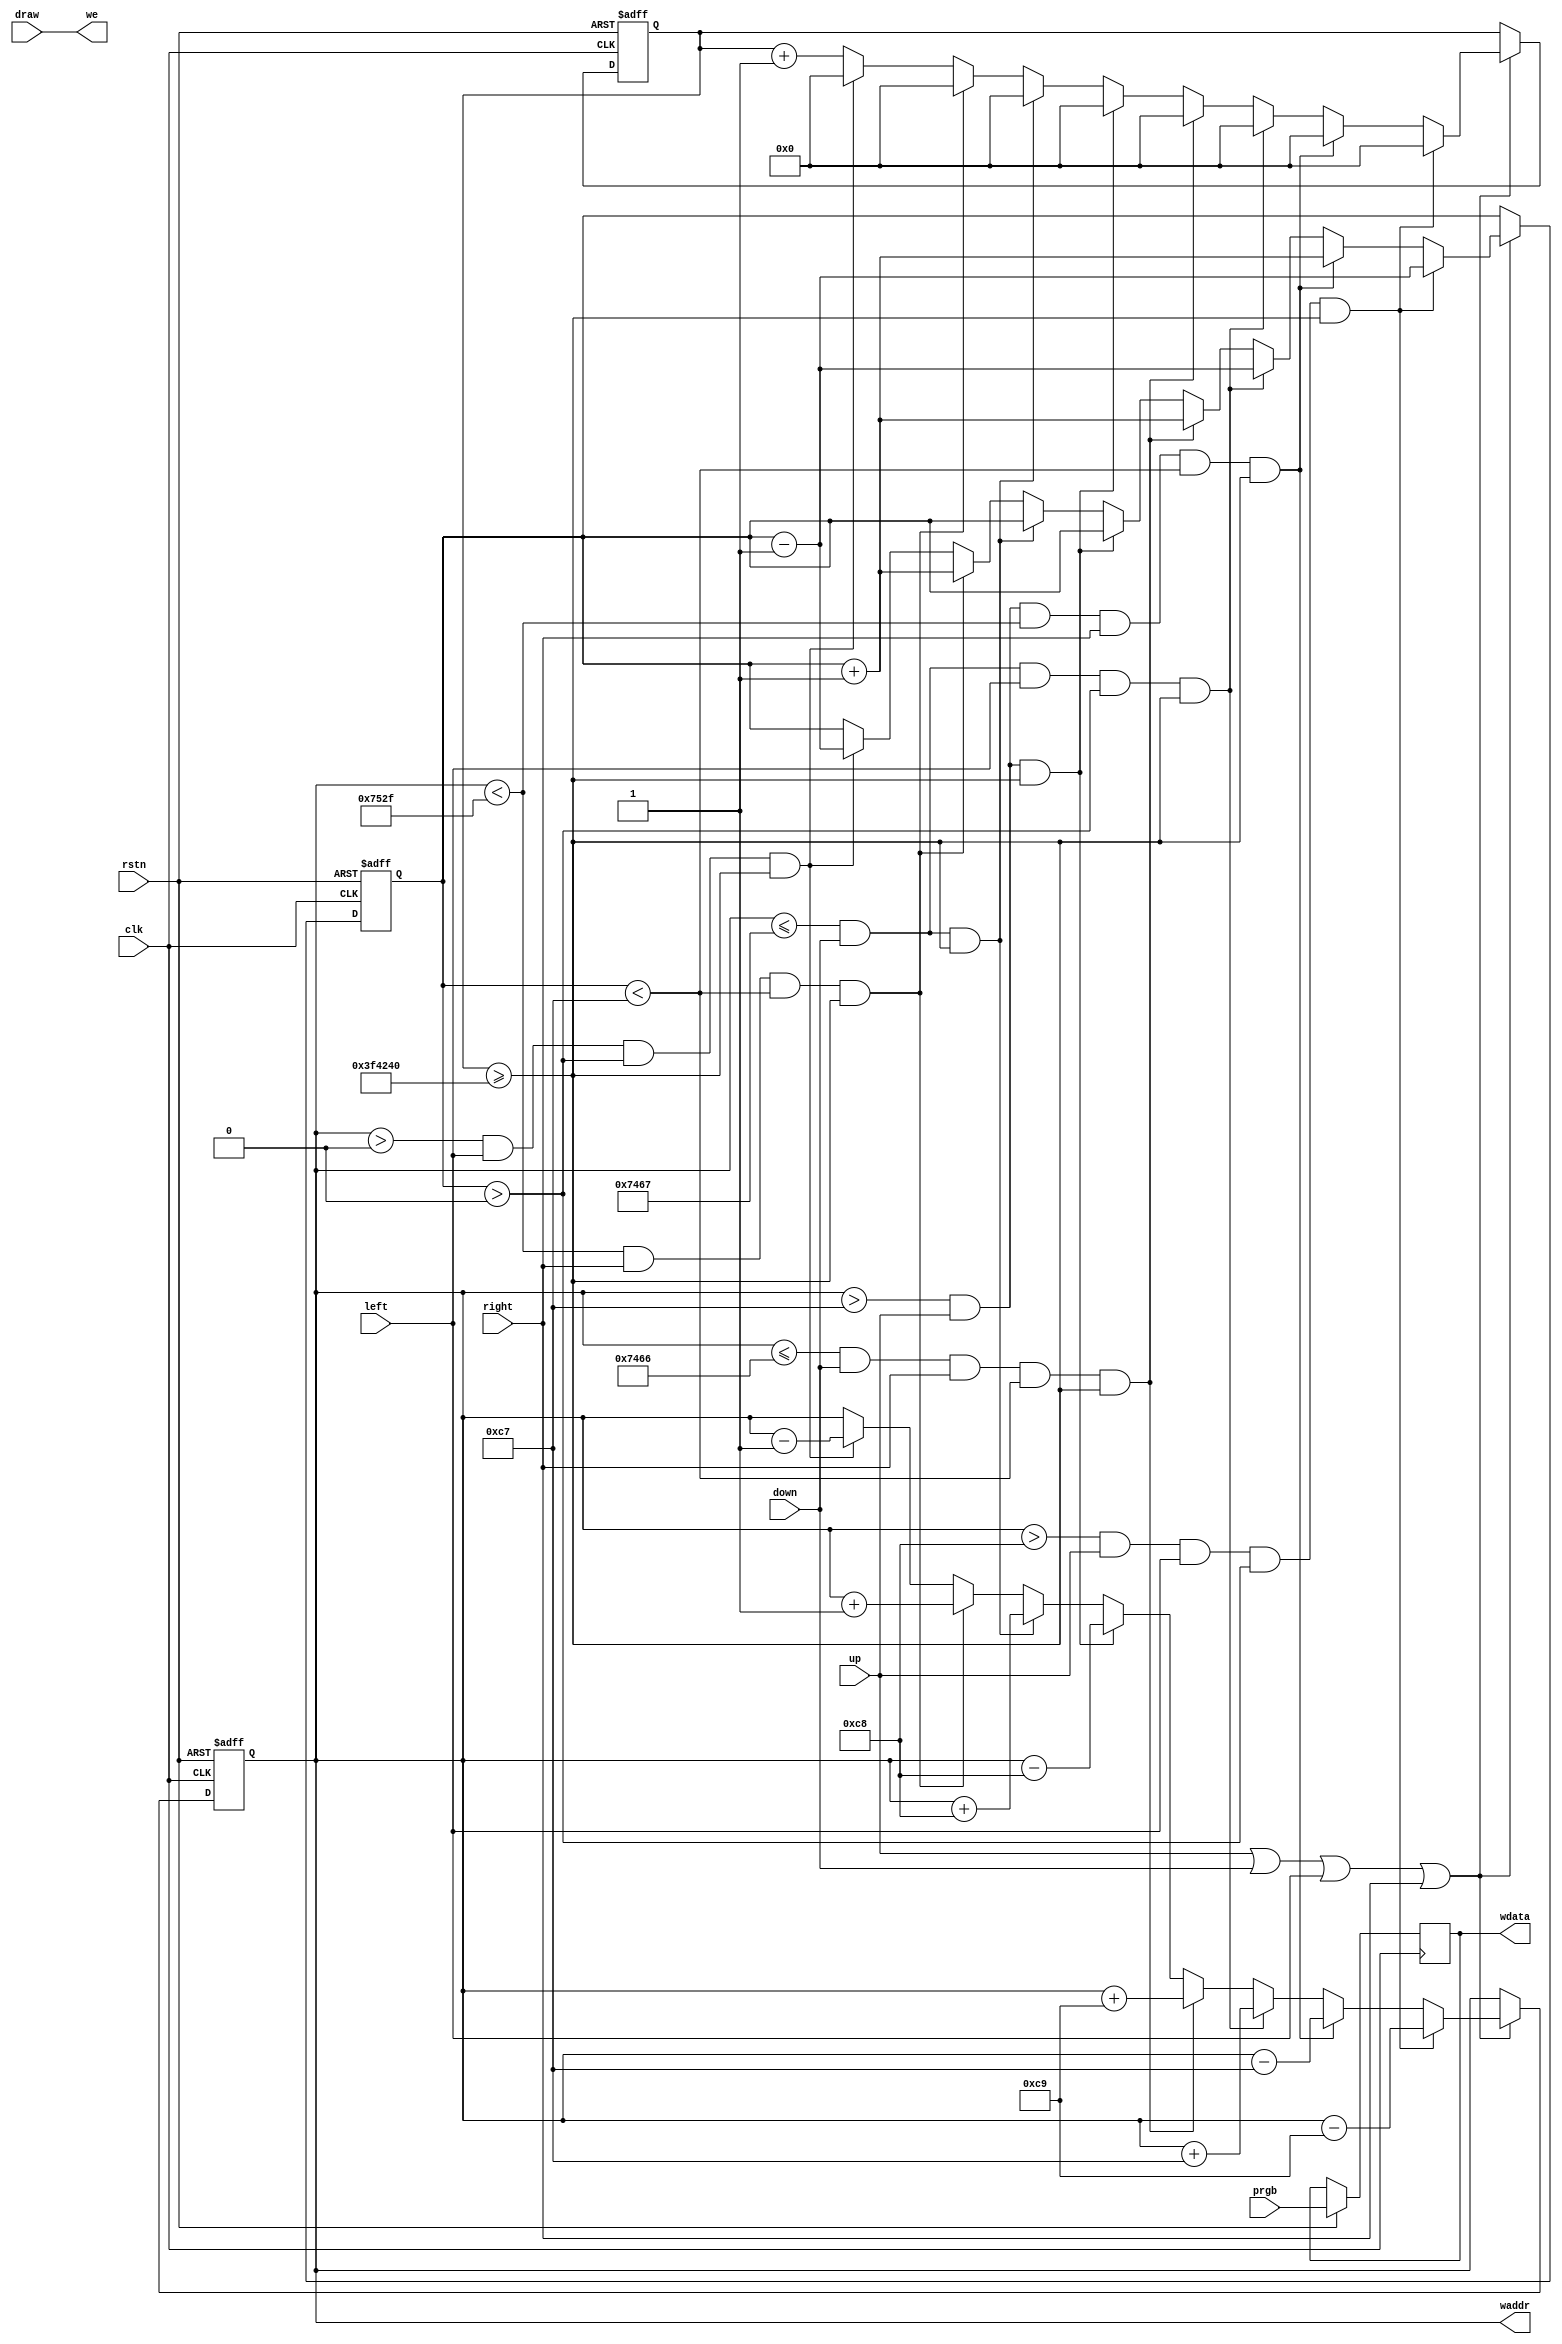
`timescale 1ns / 1ps
//////////////////////////////////////////////////////////////////////////////////
// Company: 
// Engineer: 
// 
// Design Name: 
// Module Name: PU
// Project Name: 
// Target Devices: 
// Tool Versions: 
// Description: 
// 
// Dependencies: 
// 
// Revision:
// Revision 0.01 - File Created
// Additional Comments:
// 
//////////////////////////////////////////////////////////////////////////////////


module PU (
    input draw,
    input up,
    input down,
    input left,
    input right,
    input [11:0] prgb,
    input rstn,
    input clk,
    output  reg [14:0] waddr,
    output  reg [11:0] wdata,
    output  we
);

  reg [7:0] count; 
  reg [23:0] count_1;
  parameter N=23'h3F4240;
  assign we = draw;


always@(posedge clk or negedge rstn) 
begin
        if(!rstn) begin
            waddr<=13'b0;
            count<=8'b0;
            count_1<=23'b0;
        end
        else begin
            wdata<=prgb;
            if((up||down||left||right)) begin
                if(waddr>200 && up && left && count > 0 && count_1 >= N)
                begin
                    waddr<=waddr -201;
                    count<=count-1;
                    count_1<=0;
                end
                else if(waddr>199 && up && waddr < 29999 && right && count <199 && count_1 >= N) 
                begin
                    waddr<=waddr-199;
                    count<=count+1;
                    count_1 <= 0; 
                end
                else if(waddr<=29799&& down && left && count > 0 && count_1 >= N) 
                begin
                    waddr<=waddr + 199;
                    count_1<= 0;
                    count<=count-1;
                end
                else if(waddr<=29798&& down && right && count <199 && count_1 >= N) 
                begin
                    waddr<=waddr + 201;
                    count_1<= 0;
                    count<=count+1;
                end
                else if(waddr>199 && up && count_1 >= N) 
                begin
                    waddr<=waddr-200;
                    count_1 <= 0; 
                end
                else if(waddr <= 29799 && down && count_1 >= N) 
                begin
                    waddr<=waddr + 200;
                    count_1<= 0;
                end
                else if(waddr < 29999 && right && count <199 && count_1 >= N)
                    begin 
                        waddr<=waddr+1;
                        count<=count+1;
                        count_1<=0;
                    end
                else if(waddr > 0 && left && count > 0 && count_1 >= N)
                    begin 
                        waddr<=waddr-1;
                        count<=count-1;
                        count_1 <=0;
                    end
                else begin
                    count_1 <= count_1+1;
                 end
            end
        end
end



endmodule